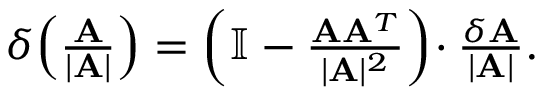
\begin{array} { r } { \delta \! \left( \frac { \mathbf { A } } { | \mathbf { A } | } \right) = \left( \mathbb { I } - \frac { \mathbf { A } \mathbf { A } ^ { T } } { | \mathbf { A } | ^ { 2 } } \right) \! \cdot \frac { \delta \mathbf { A } } { | \mathbf { A } | } . } \end{array}